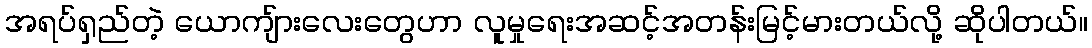
အရပ်ရှည်တဲ့ ယောကျ်ားလေးတွေဟာ လူမှုရေးအဆင့်အတန်းမြင့်မားတယ်လို့ ဆိုပါတယ်။